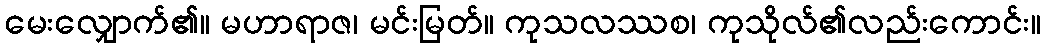
မေးလျှောက်၏။ မဟာရာဇ၊ မင်းမြတ်။ ကုသလဿစ၊ ကုသိုလ်၏လည်းကောင်း။